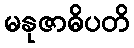
မနုဇာဓိပတိ